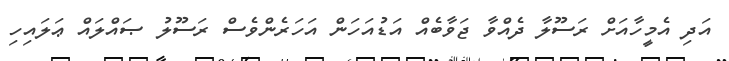
އަދި އެމީހާއަށް ރަސޫލާ ދެއްވާ ޖަވާބެއް އަޑުއަހަން އަހަރެންވެސް ރަސޫލު ޞައްލައް ޢަލައިހި